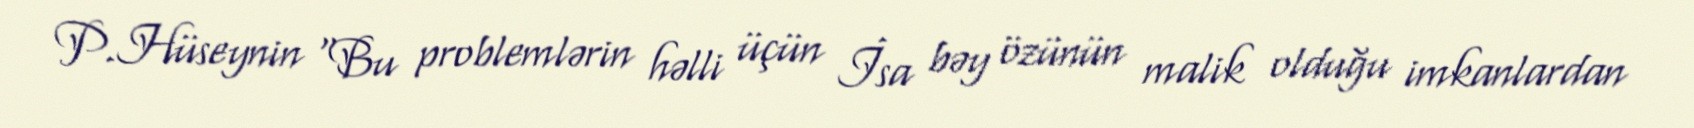
P.Hüseynin “Bu problemlərin həlli üçün İsa bəy özünün malik olduğu imkanlardan